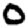
Digit: 0